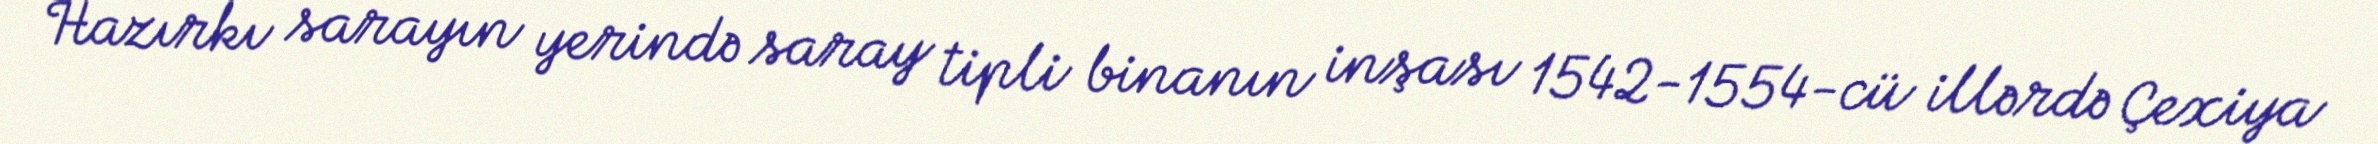
Hazırkı sarayın yerində saray tipli binanın inşası 1542-1554-cü illərdə Çexiya